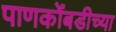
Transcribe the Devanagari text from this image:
पाणकोंबडीच्या